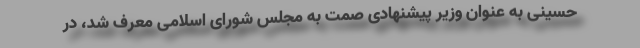
حسینی به عنوان وزیر پیشنهادی صمت به مجلس شورای اسلامی معرف شد، در